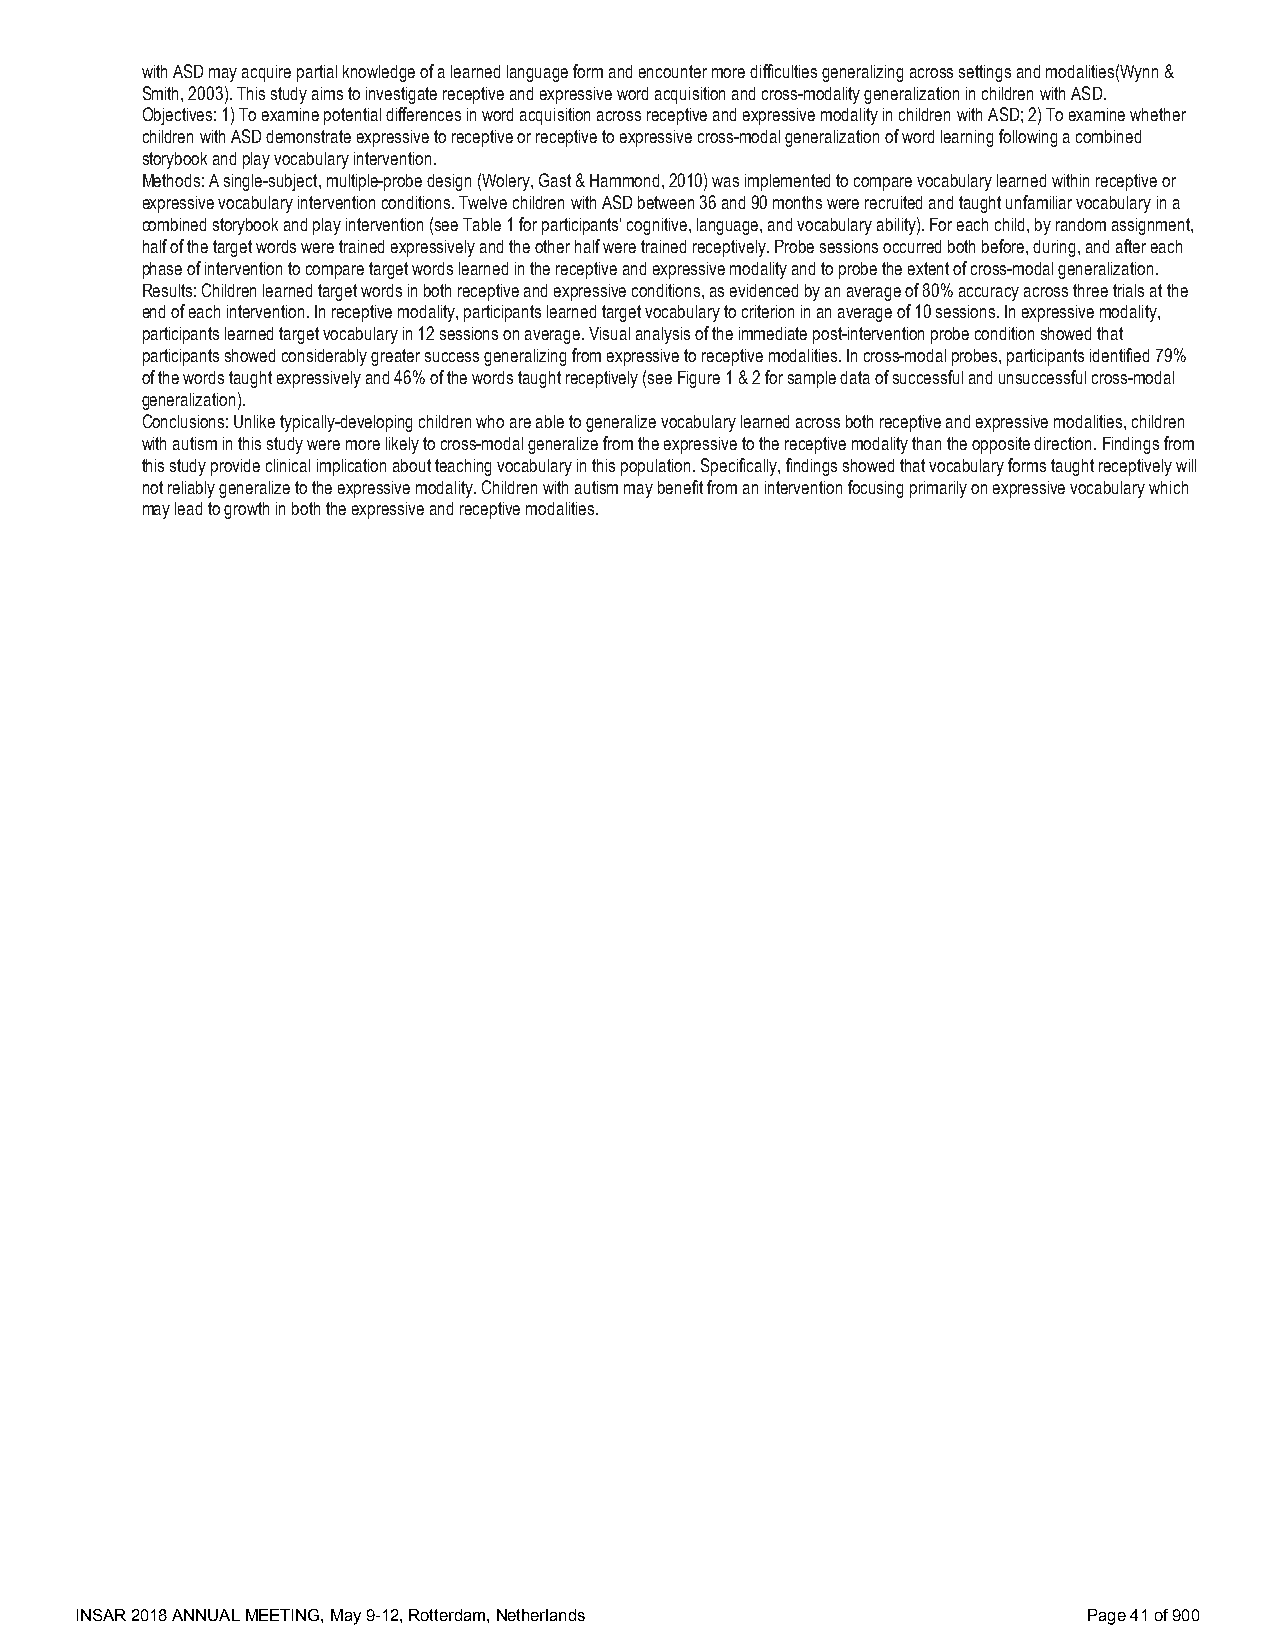
with ASD may acquire partial knowledge of a learned language form and encounter more difficulties generalizing across settings and modalities(Wynn &
 Smith, 2003). This study aims to investigate receptive and expressive word acquisition and cross-modality generalization in children with ASD.
 Objectives: 1) To examine potential differences in word acquisition across receptive and expressive modality in children with ASD; 2) To examine whether
 children with ASD demonstrate expressive to receptive or receptive to expressive cross-modal generalization of word learning following a combined
 storybook and play vocabulary intervention.
 Methods: A single-subject, multiple-probe design (Wolery, Gast & Hammond, 2010) was implemented to compare vocabulary learned within receptive or
 expressive vocabulary intervention conditions. Twelve children with ASD between 36 and 90 months were recruited and taught unfamiliar vocabulary in a
 combined storybook and play intervention (see Table 1 for participants' cognitive, language, and vocabulary ability). For each child, by random assignment,
 half of the target words were trained expressively and the other half were trained receptively. Probe sessions occurred both before, during, and after each
 phase of intervention to compare target words learned in the receptive and expressive modality and to probe the extent of cross-modal generalization.
 Results: Children learned target words in both receptive and expressive conditions, as evidenced by an average of 80% accuracy across three trials at the
 end of each intervention. In receptive modality, participants learned target vocabulary to criterion in an average of 10 sessions. In expressive modality,
 participants learned target vocabulary in 12 sessions on average. Visual analysis of the immediate post-intervention probe condition showed that
 participants showed considerably greater success generalizing from expressive to receptive modalities. In cross-modal probes, participants identified 79%
 of the words taught expressively and 46% of the words taught receptively (see Figure 1 & 2 for sample data of successful and unsuccessful cross-modal
 generalization).
 Conclusions: Unlike typically-developing children who are able to generalize vocabulary learned across both receptive and expressive modalities, children
 with autism in this study were more likely to cross-modal generalize from the expressive to the receptive modality than the opposite direction. Findings from
 this study provide clinical implication about teaching vocabulary in this population. Specifically, findings showed that vocabulary forms taught receptively will
 not reliably generalize to the expressive modality. Children with autism may benefit from an intervention focusing primarily on expressive vocabulary which
 may lead to growth in both the expressive and receptive modalities.
 INSAR 2018 ANNUAL MEETING, May 9-12, Rotterdam, Netherlands        Page 41 of 900